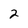
Character: 2